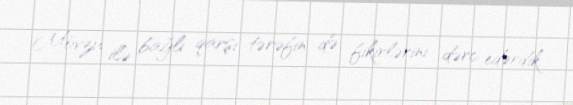
Mövzu ilə bağlı qarşı tərəfin də fikirlərini dərc edərdik.